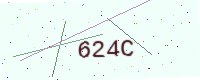
Text: 624C